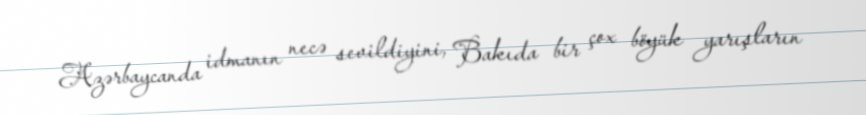
Azərbaycanda idmanın necə sevildiyini, Bakıda bir çox böyük yarışların